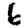
Digit: 6